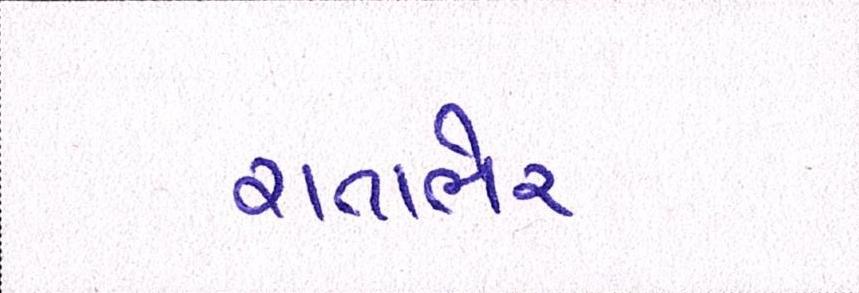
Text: રાતાભેર